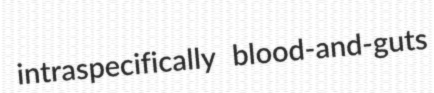
intraspecifically blood-and-guts